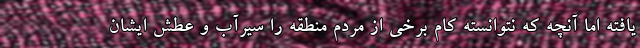
يافته اما آنچه كه نتوانسته كام برخي از مردم منطقه را سيرآب و عطش ايشان